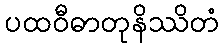
ပထဝီဓာတုနိဿိတံ